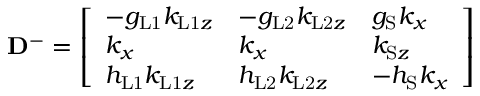
\mathbf { D } ^ { - } = \left[ \begin{array} { l l l } { - g _ { \mathrm { L 1 } } k _ { \mathrm { L 1 } z } } & { - g _ { \mathrm { L 2 } } k _ { \mathrm { L 2 } z } } & { g _ { \mathrm { S } } k _ { x } } \\ { k _ { x } } & { k _ { x } } & { k _ { \mathrm { S } z } } \\ { h _ { \mathrm { L 1 } } k _ { \mathrm { L 1 } z } } & { h _ { \mathrm { L 2 } } k _ { \mathrm { L 2 } z } } & { - h _ { \mathrm { S } } k _ { x } } \end{array} \right]